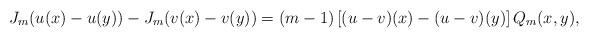
LaTeX: \begin{align*}J_{m}(u(x) - u(y)) - J_{m}(v(x) - v(y)) = (m-1)\left[(u-v)(x) - (u-v)(y) \right]Q_{m}(x,y),\end{align*}